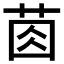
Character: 𦯯